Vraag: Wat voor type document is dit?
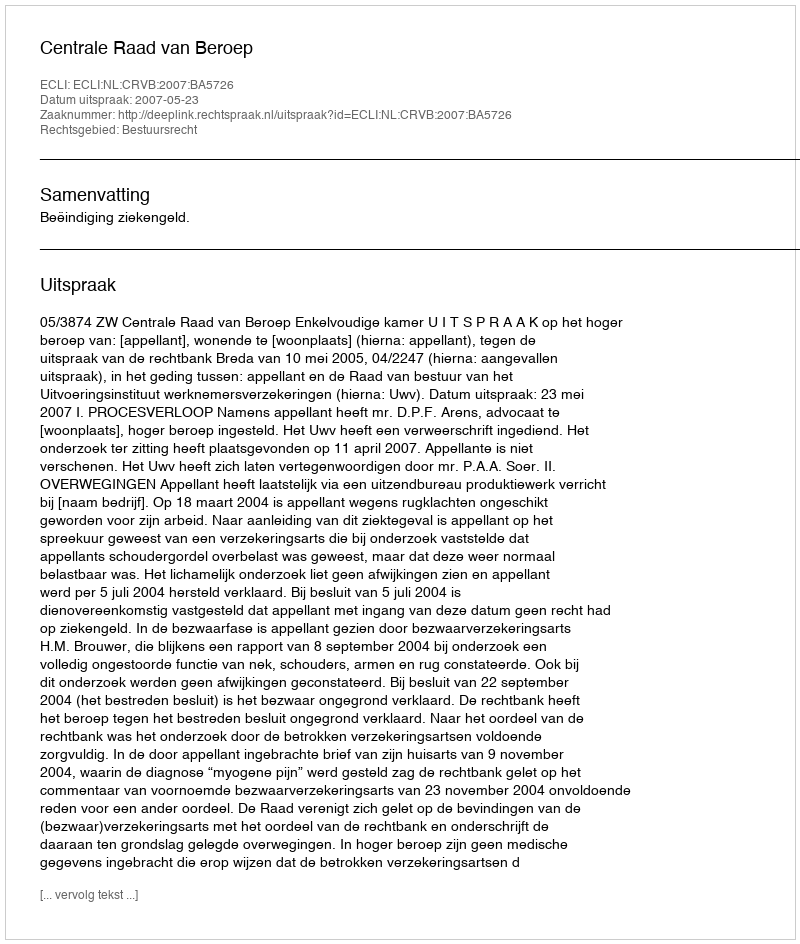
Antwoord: Uitspraak